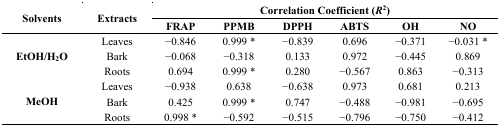
<table><thead><tr><td rowspan="2"><b>Solvents</b></td><td rowspan="2"><b>Extracts</b></td><td colspan="6"><b>Correlation Coefficient (<i>R</i><sup>2</sup>)</b></td></tr><tr><td><b>FRAP</b></td><td><b>PPMB</b></td><td><b>DPPH</b></td><td><b>ABTS</b></td><td><b>OH</b></td><td><b>NO</b></td></tr></thead><tbody><tr><td rowspan="3"><b>EtOH/H<sub>2</sub>O</b></td><td>Leaves</td><td>−0.846</td><td>0.999 *</td><td>−0.839</td><td>0.696</td><td>−0.371</td><td>−0.031 *</td></tr><tr><td>Bark</td><td>−0.068</td><td>−0.318</td><td>0.133</td><td>0.972</td><td>−0.445</td><td>0.869</td></tr><tr><td>Roots</td><td>0.694</td><td>0.999 *</td><td>0.280</td><td>−0.567</td><td>0.863</td><td>−0.313</td></tr><tr><td rowspan="3"><b>MeOH</b></td><td>Leaves</td><td>−0.938</td><td>0.638</td><td>−0.638</td><td>0.973</td><td>0.681</td><td>0.213</td></tr><tr><td>Bark</td><td>0.425</td><td>0.999 *</td><td>0.747</td><td>−0.488</td><td>−0.981</td><td>−0.695</td></tr><tr><td>Roots</td><td>0.998 *</td><td>−0.592</td><td>−0.515</td><td>−0.796</td><td>−0.750</td><td>−0.412</td></tr></tbody></table>